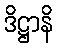
ဒိဋ္ဌာနိ